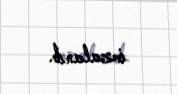
imzalanıb.